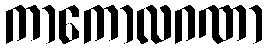
ကာကောလဂဏာ